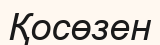
Қосөзен